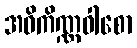
အဝိကိဏ္ဏဝါစော